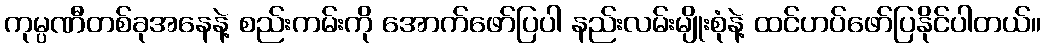
ကုမ္ပဏီတစ်ခုအနေနဲ့ စည်းကမ်းကို အောက်ဖော်ပြပါ နည်းလမ်းမျိုးစုံနဲ့ ထင်ဟပ်ဖော်ပြနိုင်ပါတယ်။